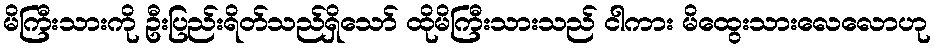
မိကြီးသားကို ဦးပြည်းရိတ်သည်ရှိသော် ထိုမိကြီးသားသည် ငါကား မိထွေးသားလေလောဟု